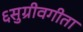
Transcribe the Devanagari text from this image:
६सुग्रीवगीता